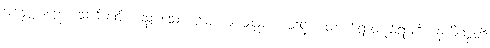
အဇ္ဈောဂါဠှော၊ သက်ဆင်းကူးသွားသော ယောကျ်ားသည်။ ပတိဋ္ဌံ၊ ထောက်ရာတည်ရာကို။ နာဓိဂစ္ဆတိ